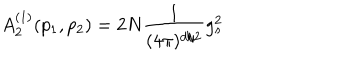
A _ { 2 } ^ { ( 1 ) } ( p _ { 1 } , p _ { 2 } ) = 2 N \frac { 1 } { ( 4 \pi ) ^ { d / 2 } } g _ { s } ^ { 2 }